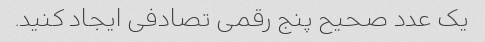
یک عدد صحیح پنج رقمی تصادفی ایجاد کنید.